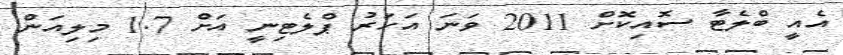
އެއީ ބްލެޓާ ސޮއިކޮށް 2011 ވަނަ އަހަރު ޕްލެޓިނީ އަށް 1.7 މިލިއަން